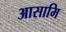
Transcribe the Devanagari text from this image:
आसामि